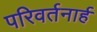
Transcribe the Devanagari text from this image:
परिवर्तनार्ह